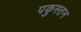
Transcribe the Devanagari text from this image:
पकुस्तन